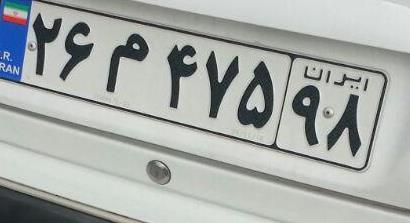
۲۶م۴۷۵۹۸